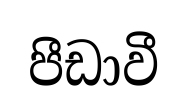
පීඩාවී